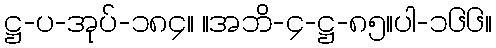
ဋ္ဌ-ပ-အုပ်-၁၈၄။ ။အဘိ-၄-ဋ္ဌ-၈၅။ပါ-၁၆၆။